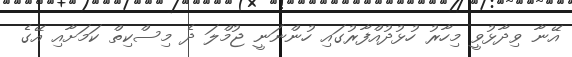
އޭނާ ވިދާޅުވީ މިހާރު ހުޅުދުއްފާރުގައި ހުންނަނީ ޖުމްލަ ދެ މިސްކިތް ކަމަށާއި އޭގެ